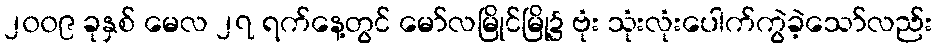
၂၀၀၉ ခုနှစ် မေလ ၂၇ ရက်နေ့တွင် မော်လမြိုင်မြို့၌ ဗုံး သုံးလုံးပေါက်ကွဲခဲ့သော်လည်း